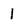
Character: 1